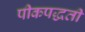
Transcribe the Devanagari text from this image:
पीकपद्धती